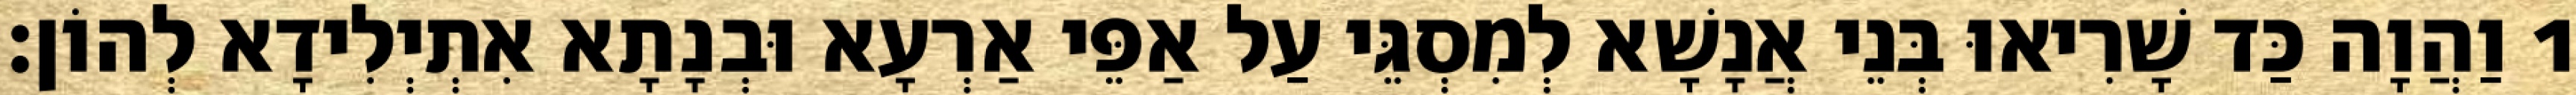
1 וַהֲוָה כַּד שָׁרִיאוּ בְּנֵי אֲנָשָׁא לְמִסְגֵּי עַל אַפֵּי אַרְעָא וּבְנָתָא אִתְיְלִידָא לְהוֹן׃